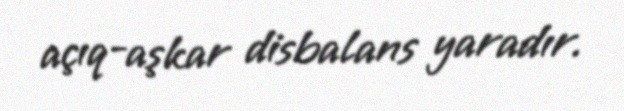
açıq-aşkar disbalans yaradır.